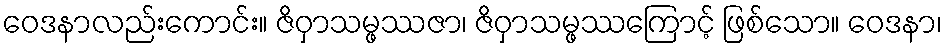
ဝေဒနာလည်းကောင်း။ ဇိဝှာသမ္ဖဿဇာ၊ ဇိဝှာသမ္ဖဿကြောင့် ဖြစ်သော။ ဝေဒနာ၊